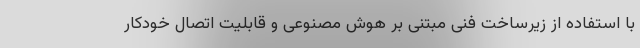
با استفاده از زیرساخت فنی مبتنی بر هوش مصنوعی و قابلیت اتصال خودکار